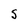
Character: S